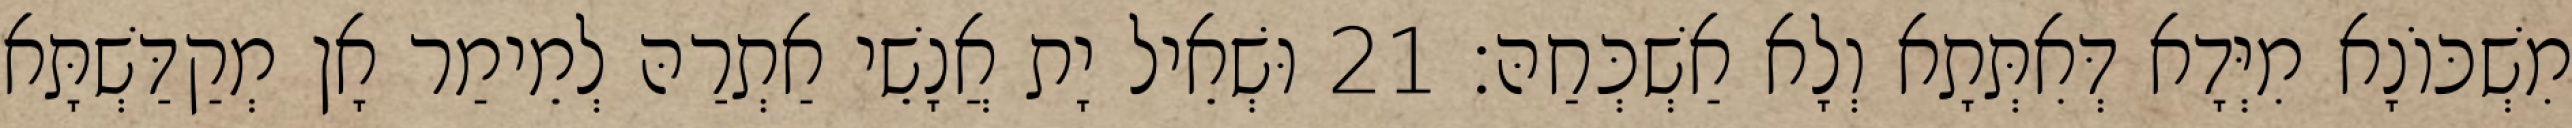
מִשְׁכּוֹנָא מִיְּדָא דְּאִתְּתָא וְלָא אַשְׁכְּחַהּ׃ 21 וּשְׁאֵיל יָת אֲנָשֵׁי אַתְרַהּ לְמֵימַר אָן מְקַדַּשְׁתָּא